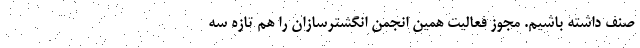
صنف داشته باشیم. مجوز فعالیت همین انجمن انگشترسازان را هم تازه سه